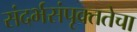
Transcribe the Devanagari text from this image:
संदर्भसंपृक्ततेचा